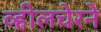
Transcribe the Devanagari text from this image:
व्हीलचेरने